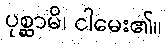
ပုစ္ဆာမိ၊ ငါမေး၏။